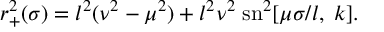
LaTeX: r _ { + } ^ { 2 } ( \sigma ) = l ^ { 2 } ( \nu ^ { 2 } - \mu ^ { 2 } ) + l ^ { 2 } \nu ^ { 2 } \; \mathrm { s n } ^ { 2 } [ \mu \sigma / l , \; k ] .